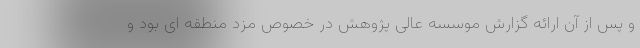
و پس از آن ارائه گزارش موسسه عالی پژوهش در خصوص مزد منطقه ای بود و